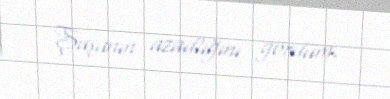
Şuşanın azadlığını gördüm.